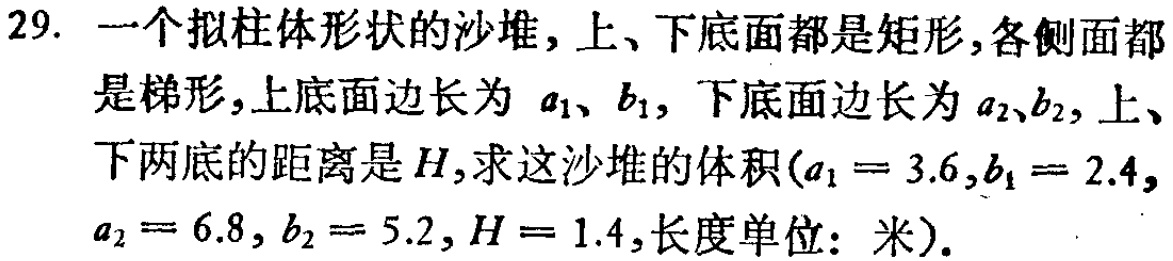
29. 一个拟柱体形状的沙堆，上、下底面都是矩形，各侧面都是梯形，上底面边长为 \(a_1\)、\(b_1\)，下底面边长为 \(a_2\)、\(b_2\)，上、下两底的距离是 \(H\)，求这沙堆的体积(\(a_1 = 3.6\),\(b_1 = 2.4\), \(a_2 = 6.8\), \(b_2 = 5.2\), \(H = 1.4\),长度单位：米)。